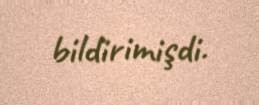
bildirimişdi.